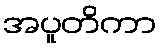
အပူတိကာ